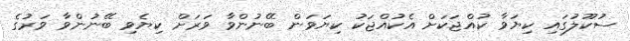
ސުކޫލުގައި ކިޔަވާ ކުއްޖަކަށް އެކުއްޖަކު ކިޔަވަން ބޭނުންވާ ވަރަށް ކިޔެވި ބޭނުންވާ ވަރުގެ